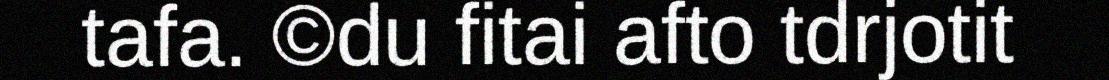
tafa. ©du fitai afto tdrjotit